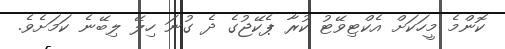
ކޮންމެ މީހަކަށް އެކްޓިވޭޓު ކުރާ ޕެކޭޖުގެ ދެ ގުނަ ހިލޭ ލިބޭނެ ކަމަށެވެ.